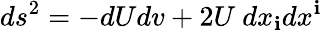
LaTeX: ds^{2}=-dUdv+2U\ dx_{\mathbf{i}}dx^{\mathbf{i}}